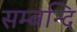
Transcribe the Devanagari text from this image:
सम्बन्दि